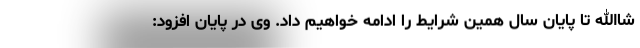
شاالله تا پایان سال همین شرایط را ادامه خواهیم داد. وی در پایان افزود: